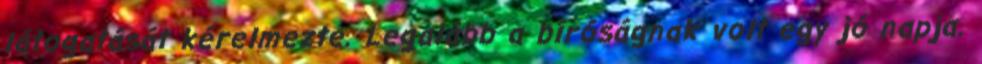
látogatását kérelmezte. Legalább a bíróságnak volt egy jó napja.